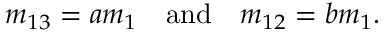
m _ { 1 3 } = a m _ { 1 } \quad \mathrm { a n d } \quad m _ { 1 2 } = b m _ { 1 } .